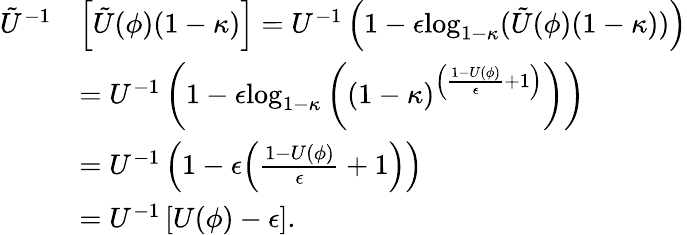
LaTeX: \begin{array}{rl}{\tilde{U}^{-1}}&{\left[\tilde{U}(\phi)(1-\kappa)\right]=U^{-1}\left(1-\epsilon\mathrm{log}_{1-\kappa}(\tilde{U}(\phi)(1-\kappa))\right)}\\ &{=U^{-1}\left(1-\epsilon\mathrm{log}_{1-\kappa}\left((1-\kappa)^{\left(\frac{1-U(\phi)}{\epsilon}+1\right)}\right)\right)}\\ &{=U^{-1}\left(1-\epsilon{\left(\frac{1-U(\phi)}{\epsilon}+1\right)}\right)}\\ &{={U}^{-1}\left[{U}(\phi)-\epsilon\right].}\end{array}